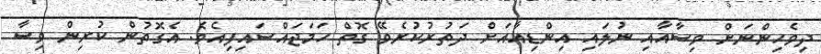
ދިވެހިންނަށް ވިސާއާއި ނުލައި އިންޑިއާއަށް ދަތުރުކުރެވޭ ގޮތް ހަމަޖައްސައިފިއެވެ. އެގޮތުން ކުރިން ވިސާ